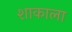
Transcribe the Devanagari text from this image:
शाकाला